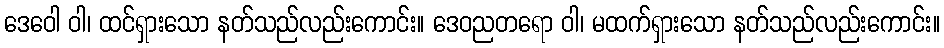
ဒေဝေါ ဝါ၊ ထင်ရှားသော နတ်သည်လည်းကောင်း။ ဒေဝညတရော ဝါ၊ မထက်ရှားသော နတ်သည်လည်းကောင်း။